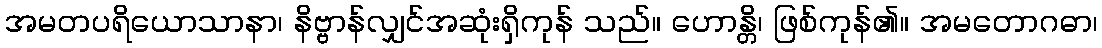
အမတပရိယောသာနာ၊ နိဗ္ဗာန်လျှင်အဆုံးရှိကုန် သည်။ ဟောန္တိ၊ ဖြစ်ကုန်၏။ အမတောဂဓာ၊